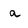
Character: a